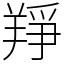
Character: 䍵